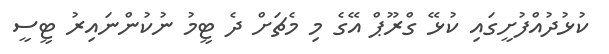
ކުޅުދުއްފުށީގައި ކުޅޭ ގްރޫޕް އޭގެ މި މެޗަށް ދެ ޓީމު ނުކުންނައިރު ޓީސީ